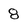
Character: 8